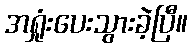
အရှုံးပေးသွားခဲ့ပြီ။